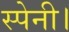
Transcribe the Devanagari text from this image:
स्पेनी।